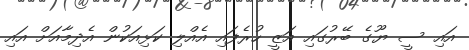
އައި ސީ ޔޫގެ ބޭރުގައި އަޒީ ހުރެފައި އެއްލި ކަޅިއަކުން އެދިމާއަށް އައި